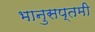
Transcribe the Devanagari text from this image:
भानुसप्तमी